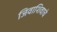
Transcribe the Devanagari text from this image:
जिवाशिवाचे